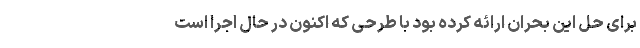
برای حل این بحران ارائه کرده بود با طرحی که اکنون در حال اجرا است